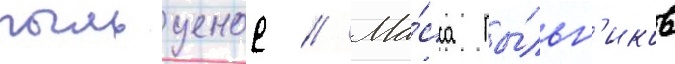
пыльценос // Ма́сса пы́льн'иков